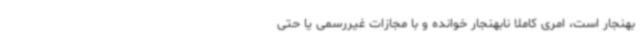
بهنجار است، امری کاملاً نابهنجار خوانده و با مجازات غیررسمی یا حتی